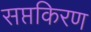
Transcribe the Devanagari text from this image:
सप्तकिरण